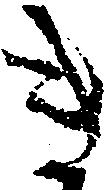
き